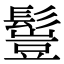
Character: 𩮖